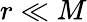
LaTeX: r\ll M